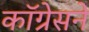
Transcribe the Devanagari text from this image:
कॉग्रेसने